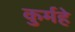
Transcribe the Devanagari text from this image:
कुर्महे